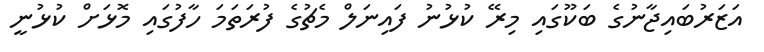
އަޒަރުބައިޖާނުގެ ބަކޫގައި މިރޭ ކުޅުނު ފައިނަލް މެޗުގެ ފުރަތަމަ ހާފުގައި މޮޅަށް ކުޅުނީ